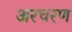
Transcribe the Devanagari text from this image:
अरचरण